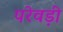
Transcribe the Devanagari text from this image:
परेवड़ी